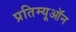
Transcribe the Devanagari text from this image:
प्रतिम्यूऑन